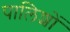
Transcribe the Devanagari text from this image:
पालिशों